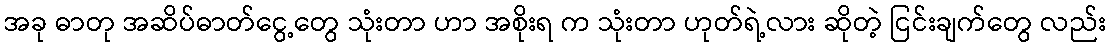
အခု ဓာတု အဆိပ်ဓာတ်ငွေ့တွေ သုံးတာ ဟာ အစိုးရ က သုံးတာ ဟုတ်ရဲ့လား ဆိုတဲ့ ငြင်းချက်တွေ လည်း